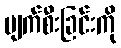
ပျက်စီးခြင်းကို